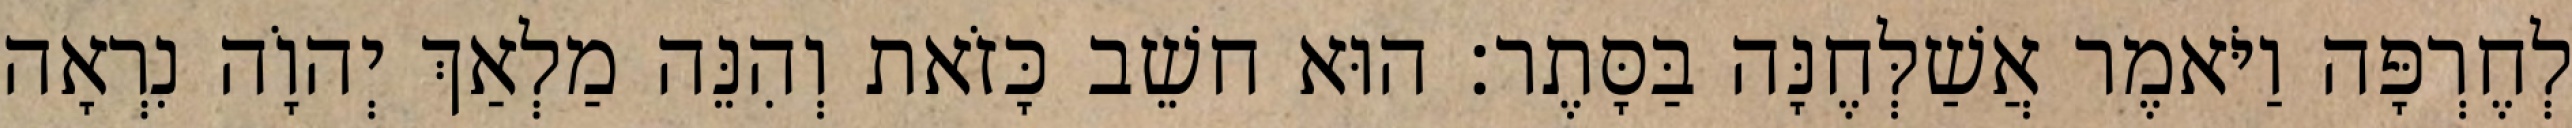
לְחֶרְפָּה וַיֹּאמֶר אֲשַׁלְּחֶנָּה בַּסָּתֶר׃ הוּא חשֵׁב כָּזֹאת וְהִנֵּה מַלְאַךְ יְהוָֹה נִרְאָה